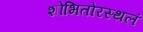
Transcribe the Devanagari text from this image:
शोभितोरस्थलं